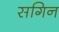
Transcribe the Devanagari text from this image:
सगिन